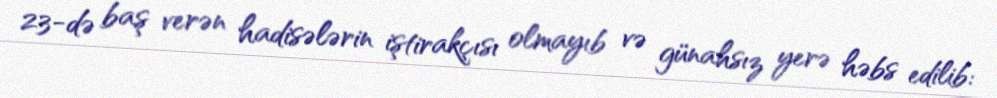
23-də baş verən hadisələrin iştirakçısı olmayıb və günahsız yerə həbs edilib: